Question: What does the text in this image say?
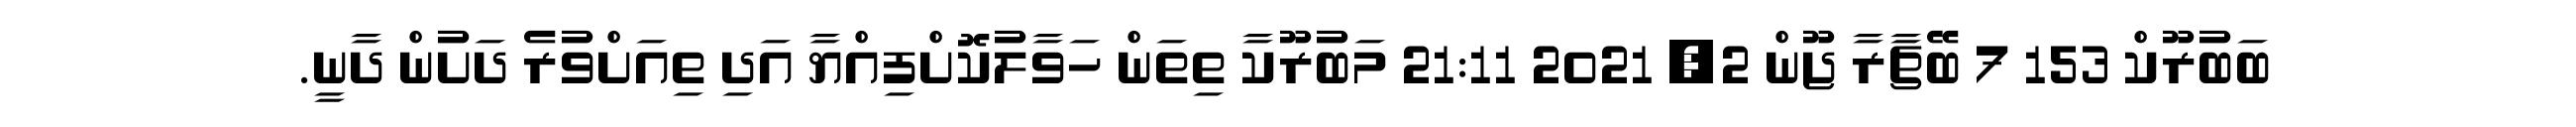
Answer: ބަބުރޫކް 153 7 ބޭޗާރާ ޖޫން 2, 2021 21:11 މަބުރޫކާ ތިތަން ހަވާލުކޮށްފިއްޔާ އަދި ތިއަށްވުރެ ދަށުން ދާނީ.